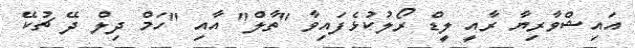
އައިޝްވާރިޔާ ރާއީ ލީޑް ރޯލުކުޅެފައިވާ "ތާލް" އާއި "ހަމް ދިލް ދޭ ޗުކޭ